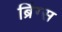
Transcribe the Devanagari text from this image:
ब्रिंग्स